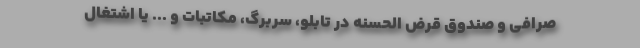
صرافی و صندوق قرض الحسنه در تابلو، سربرگ، مکاتبات و ... یا اشتغال